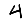
Digit: 4